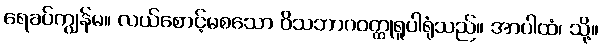
ရေခပ်ကျွန်မ။ လယ်စောင့်မစသော ဝိသဘာဂဝတ္ထုရူပါရုံသည်။ အာပါထံ၊ သို့။